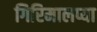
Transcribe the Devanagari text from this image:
गिरिमालप्या